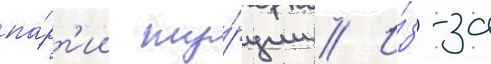
па́рт'ии ту́рции // И́з-за